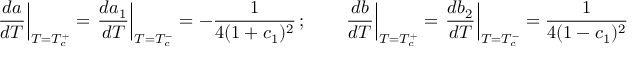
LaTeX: \left. \frac { d a } { d T } \right| _ { T = T _ { c } ^ { + } } = \left. \frac { d a _ { 1 } } { d T } \right| _ { T = T _ { c } ^ { - } } = - \frac { 1 } { 4 ( 1 + c _ { 1 } ) ^ { 2 } } \, ; \qquad \left. \frac { d b } { d T } \right| _ { T = T _ { c } ^ { + } } = \left. \frac { d b _ { 2 } } { d T } \right| _ { T = T _ { c } ^ { - } } = \frac { 1 } { 4 ( 1 - c _ { 1 } ) ^ { 2 } } \, ,